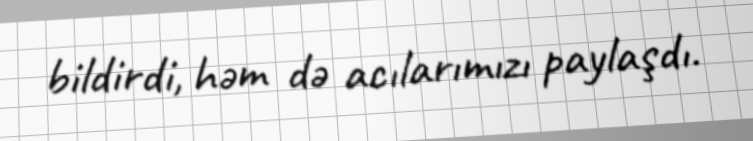
bildirdi, həm də acılarımızı paylaşdı.